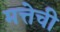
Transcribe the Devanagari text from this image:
मत्तेची